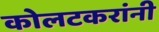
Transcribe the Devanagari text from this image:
कोलटकरांनी